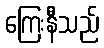
ကြေးနီသည်